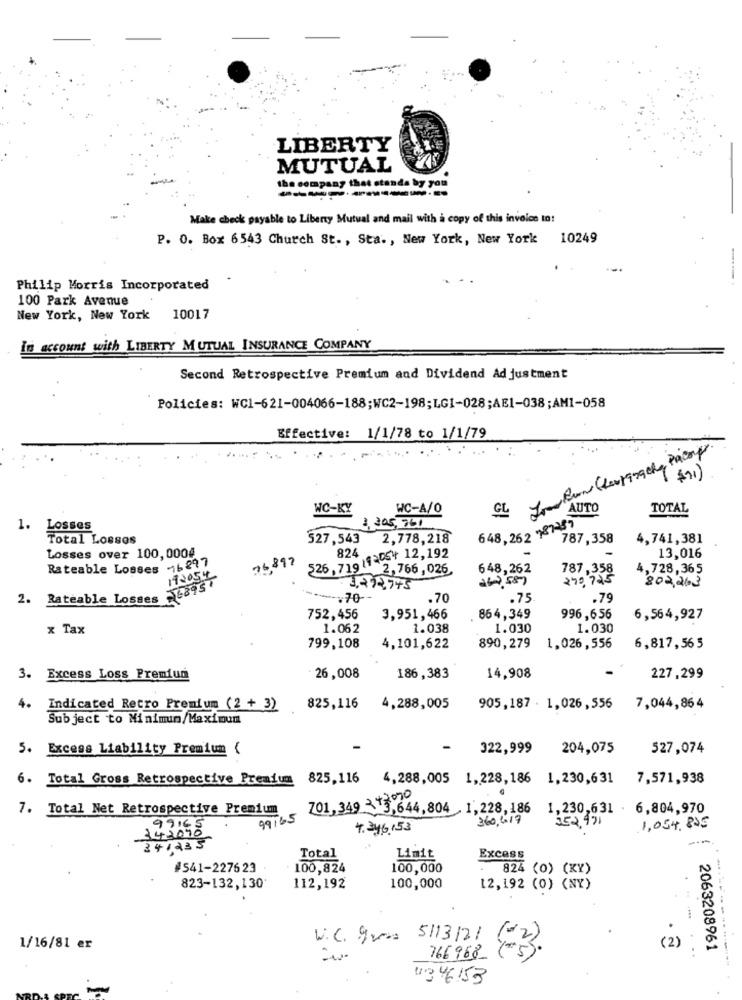
LIBERTY
MUTUAL
the company that stands by you
Make check payable to Liberty Mutual and mail with a copy of this invoice to!
P. O. Box 6543 Church St ., Sta ., New York, New York 10249
Philip Morris Incorporated
100 Park Avenue
New York, New York 10017
In account with LIBERTY MUTUAL INSURANCE COMPANY
Second Retrospective Premium and Dividend Ad justment
Policies: WC1-621-004066-188;WC2-198;LG1-028;AE1-038;AM1-058
Effective: 1/1/78 to 1/1/79
$91)
WC-KY
WC-A/0
AUTO
TOTAL
3,305,961
1. Losses
648,262 187257
Total Lossos
527,543
2,778,218
787,358
4,741,381
526, 719 193054 12,192
Losses over 100,0004
76897
824
13,016
Rateable Losses -16 297
19205
2,766 , 026
648,262
787,358
4,728,365
260 587
240,725
802,263
3.272.745
2. Rateable Losses J6895
.70
.75
.79
752,456
3,951,466
864,349
996,656
6,564,927
x Tax
1.062
1.038
1.030
1.030
799,108
4,101,622
890,279
1,026,556
6,817,56 5
3. Excess Loss Premium
26,008
186,383
14,908
227,299
4.
Indicated Retro Premium (2 + 3)
825,116
4,288,005
905,187 - 1,026,556
7,044,864
Subject to Minimin/Maximum
5. Excess Liability Premium (
-
322,999
204,075
527,074
6. Total Gross Retrospective Premium
825,116
4,288,005 1,228,186
1,230,631
7,571,938
42070
7. Total Net Retrospective Premium
701,349 -3,644,804 1,228, 186
1,230,631 - 6,804,970
99765
360.6.17
352.471
99165
4.346,53
1,054. 805
342090
34,233
Excess
Total
Limit
#541-227623
100,824
100,000
824 (0) (KY)
823-132,130
112,192
100,000
12,192 (0) (NY)
W.C. gres
5113121
1/16/81 er
(2)
2063208961
766 968_
13 46153